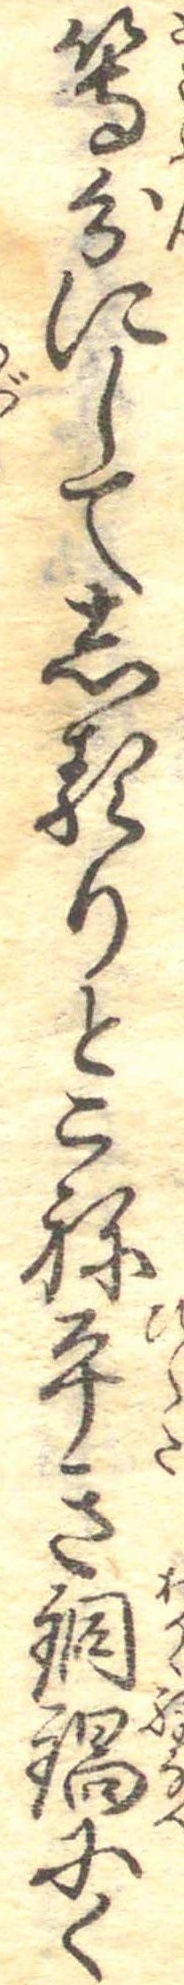
等分にしてしるりとこね平き銅鍋にく